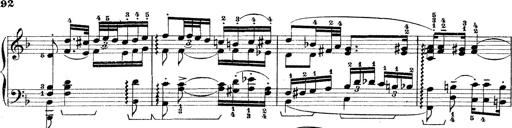
Title: Rapsodie: 19 ungheresi, 1 spagnuola
Composer: Franz Liszt